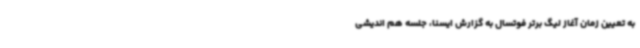
به تعیین زمان آغاز لیگ برتر فوتسال به گزارش ایسنا، جلسه هم اندیشی